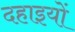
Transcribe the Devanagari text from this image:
दहाइयों